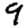
Digit: 9